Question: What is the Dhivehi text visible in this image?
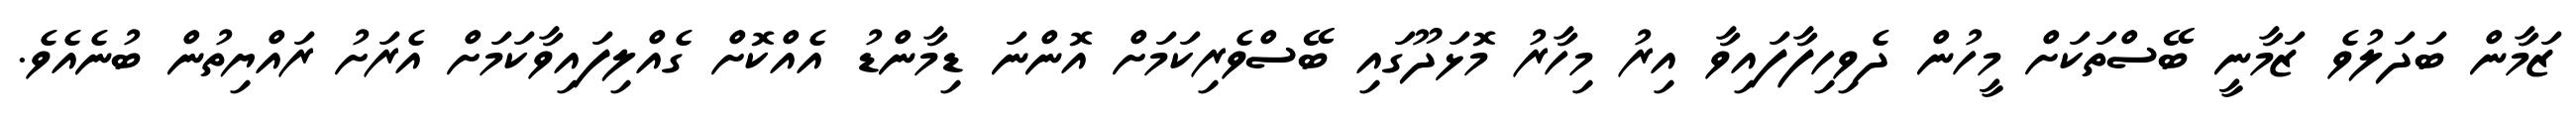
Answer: ޒަމާން ބަދަލުވެ ޒަމާނީ ބޭސްތަކަށް މީހުން ދެވިހިފާފައިވާ އިރު މިހާރު މޮޅަދޫގައި ބޭސްވެރިކަމަށް އޮންނަ ޑިމާންޑު އެއްކޮށް ގެއްލިފައިވާކަމަށް އެރަށު ރައްޔިތުން ބުނެއެވެ.